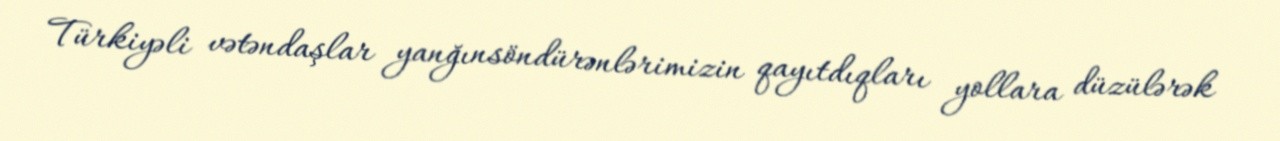
Türkiyəli vətəndaşlar yanğınsöndürənlərimizin qayıtdıqları yollara düzülərək